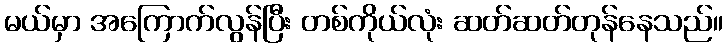
မယ်မှာ အကြောက်လွန်ပြီး တစ်ကိုယ်လုံး ဆတ်ဆတ်တုန်နေသည်။